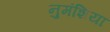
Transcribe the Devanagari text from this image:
नुमंशिया